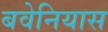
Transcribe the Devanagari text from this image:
बवेनियास